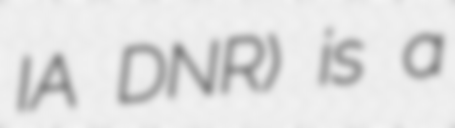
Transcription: IA DNR) is a